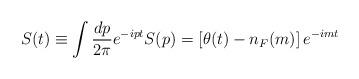
LaTeX: \begin{align*}S(t)\equiv \int{dp\over 2\pi}e^{-ipt} S(p)=\left[\theta(t)-n_F(m)\right]e^{-imt}\end{align*}